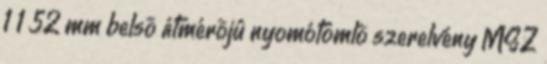
1 1 52 mm belsõ átmérõjû nyomótömlõ szerelvény MSZ